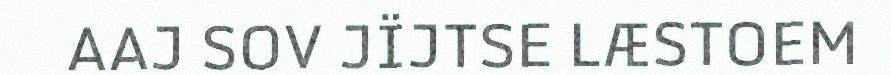
AAJ SOV JÏJTSE LÆSTOEM